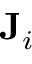
\mathbf { J } _ { i }